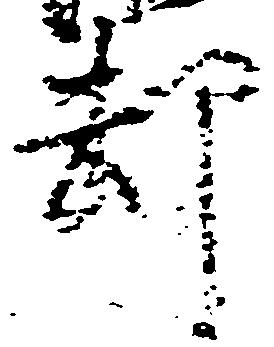
却